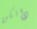
دانكن